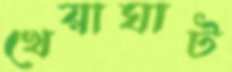
খেয়াঘাট